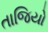
તાજિયો